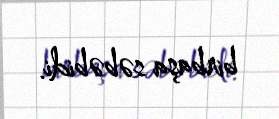
birbaşa səbəbidi.